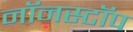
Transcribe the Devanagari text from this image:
नॉनस्‍टॉप